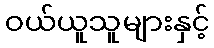
ဝယ်ယူသူများနှင့်